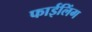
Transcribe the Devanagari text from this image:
फाईलिंग